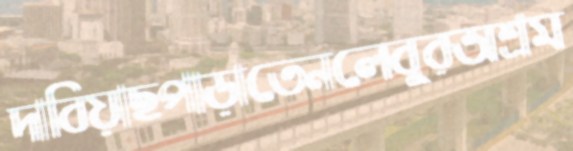
দাবিয়াছপাড়াতেনলেবুরঅশ্রম